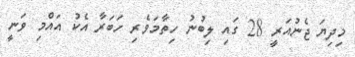
މިދިޔަ ޖެނުއަރީ 28 ގައި ލިބުނު ހިތާމަވެރި ހަބަރާ އެކު އައްމި ވަނީ